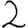
Digit: 2